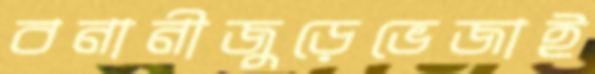
বনানীজুড়েভেজাই